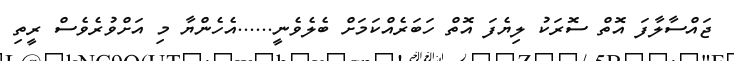
ޖައްސާލާފަ އޮތް ސޮރަކު ލިޔެފަ އޮތް ހަބަރެއްކަމަށް ބެލެވެނީ......އެހެންޔާ މި އަށްވުރެވެސް ރީތި